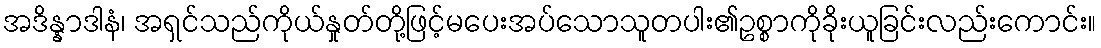
အဒိန္နာဒါနံ၊ အရှင်သည်ကိုယ်နှုတ်တို့ဖြင့်မပေးအပ်သောသူတပါး၏ဥစ္စာကိုခိုးယူခြင်းလည်းကောင်း။